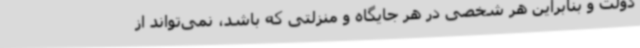
دولت و بنابراین هر شخصی در هر جایگاه و منزلتی که باشد، نمی‌تواند از